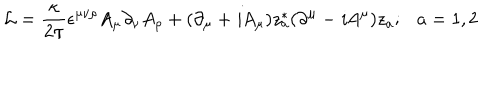
{ \cal L } = \frac { \kappa } { 2 \pi } \epsilon ^ { \mu \nu \rho } A _ { \mu } \partial _ { \nu } A _ { \rho } + ( \partial _ { \mu } + { \it i } A _ { \mu } ) z _ { a } ^ { * } ( \partial ^ { \mu } - { \it i } A ^ { \mu } ) z _ { a } ; a = 1 , 2